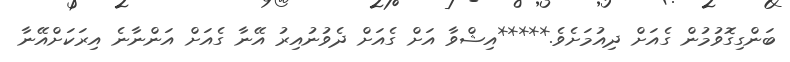
ބަންގިގޮވުމުން ގެއަށް ދިއުމަށެވެ.*****އިޝްވާ އަށް ގެއަށް ދެވުނުއިރު އޭނާ ގެއަށް އަންނާނެ އިރަކަށްއޭނާ